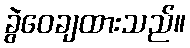
ခွဲဝေချထားသည်။